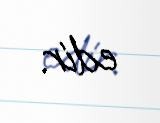
edir.